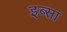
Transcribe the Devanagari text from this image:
इब्‍सा